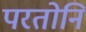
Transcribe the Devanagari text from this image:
परतोनि